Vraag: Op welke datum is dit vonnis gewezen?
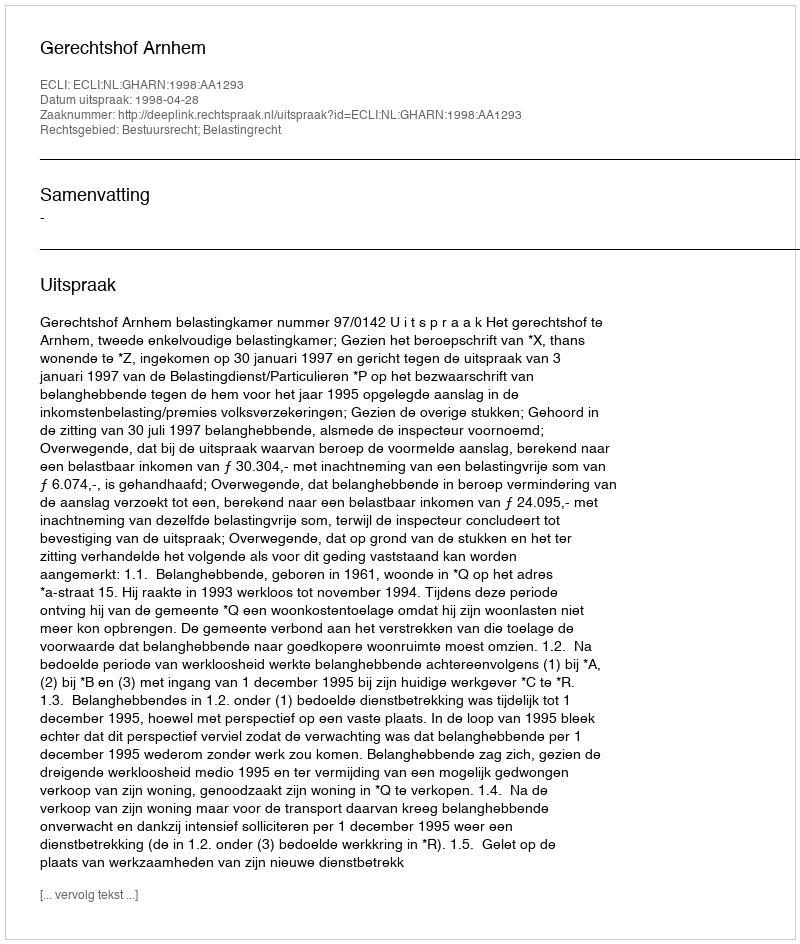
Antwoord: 1998-04-28